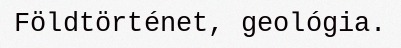
Földtörténet, geológia.